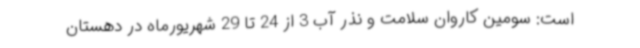
است: سومین کاروان سلامت و نذر آب 3 از 24 تا 29 شهریورماه در دهستان